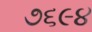
૭૬૯૪